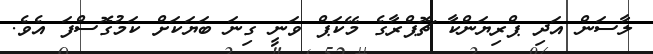
ލާސަން އަދި ޕްރިޔަންކާ ޗޮޕްރާގެ މޭކަޕް ވަނީ ގިނަ ބަޔަކަށް ކަމުގޮސްފަ އެވެ.